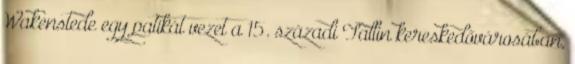
Wakenstede egy patikát vezet a 15. századi Tallin kereskedővárosában,